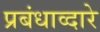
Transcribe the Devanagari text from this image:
प्रबंधाव्दारे